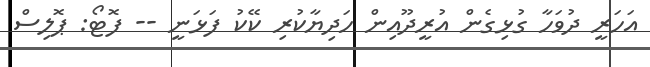
އަހަރީ ދުވަހާ ގުޅިގެން އުރީދޫއިން ހަދިޔާކުރި ކޭކު ފަޅަނީ -- ފޮޓޯ: ޕޮލިސް